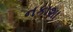
નકાશા